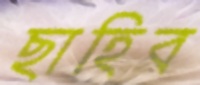
ছাহিব